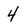
Character: 4